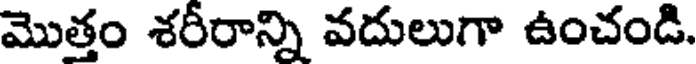
మొత్తం శరీరాన్ని వదులుగా ఉంచండి.